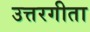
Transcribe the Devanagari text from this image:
उत्तरगीता